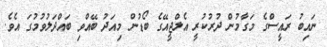
ނައިބު ރައީސްގެ މަގާމުން ދުރުކުރީ އެލްޖީއޭގެ ބޯޑުން މިއަދު ބޭއްވި ބައްދަލުވުމުގަ އެވެ.